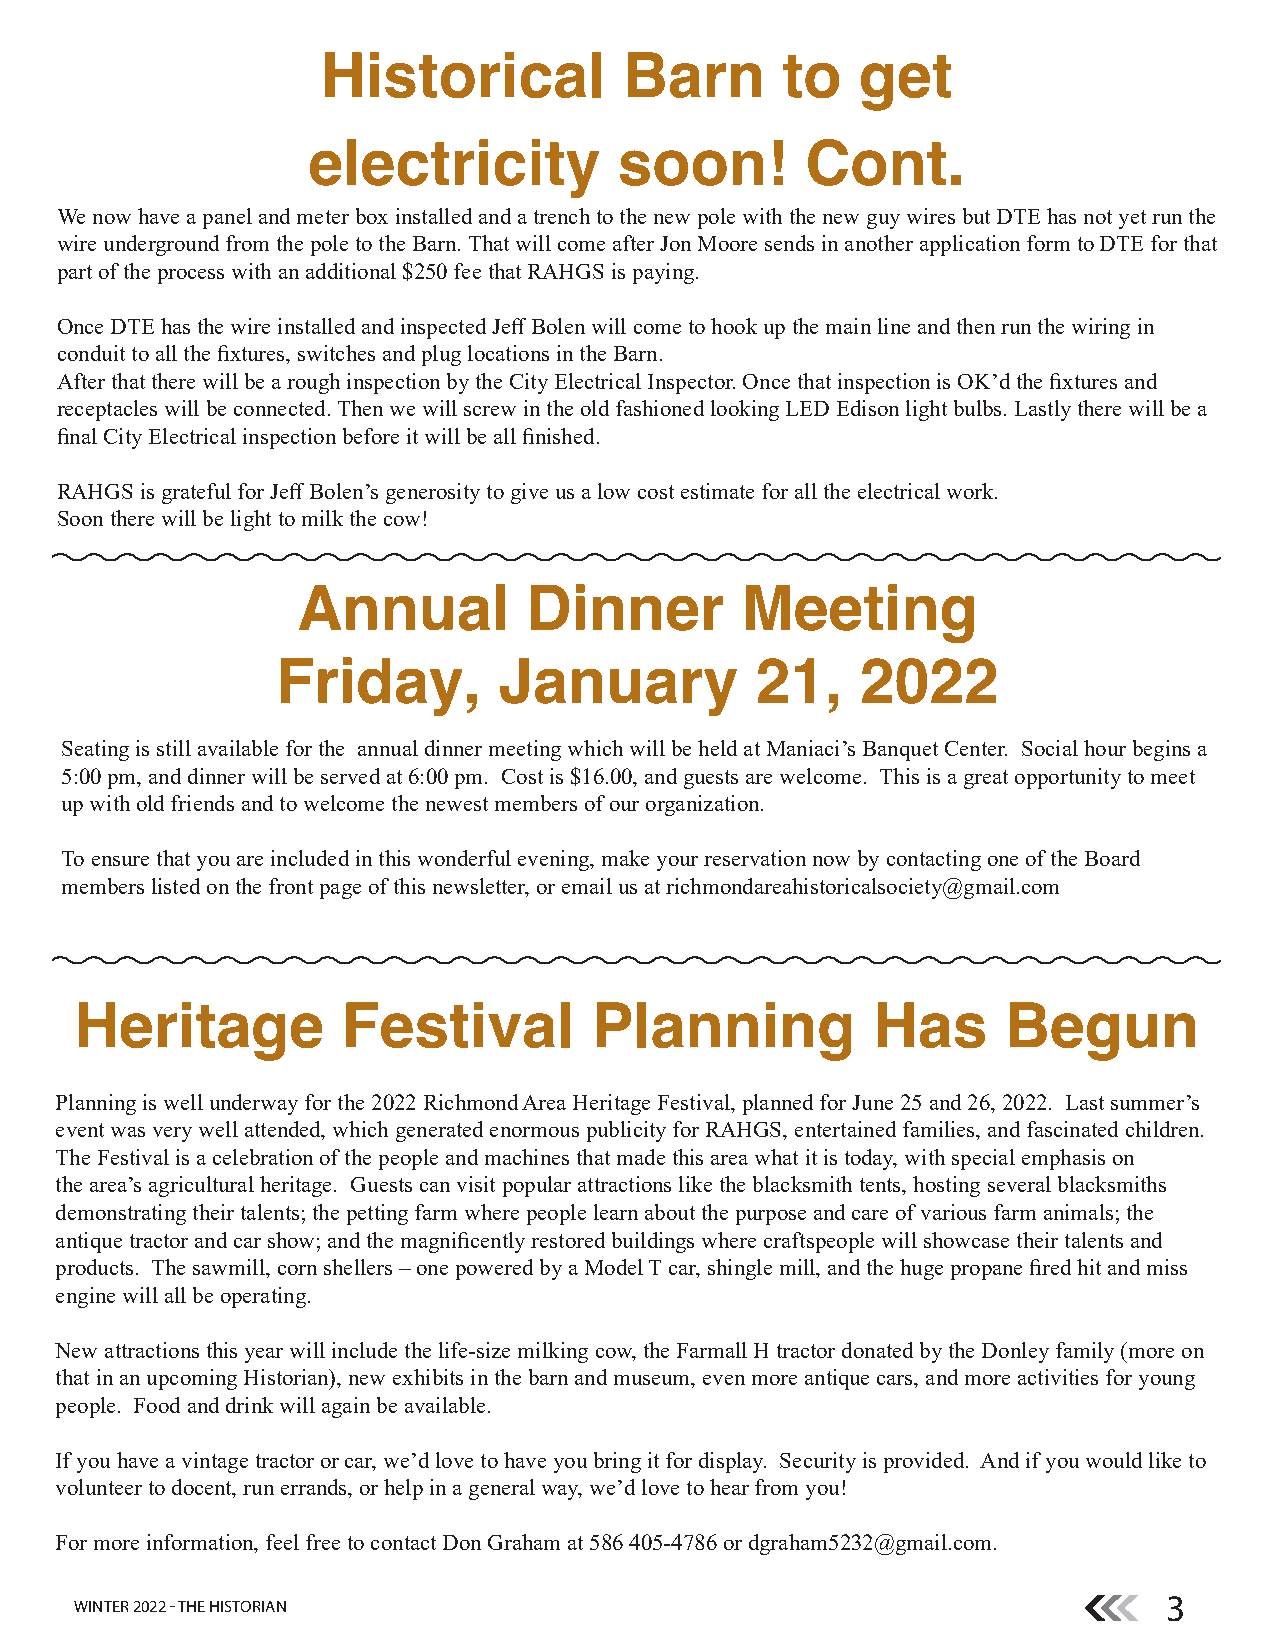
Historical          Barn       to   get
 electricity          soon!       Cont.
 We now have a panel and meter box installed and a trench to the new pole with the new guy wires but DTE has not yet run the
 wire underground from the pole to the Barn. That will come after Jon Moore sends in another application form to DTE for that
 part of the process with an additional $250 fee that RAHGS is paying.
 Once DTE has the wire installed and inspected Jeff Bolen will come to hook up the main line and then run the wiring in
 conduit to all the fixtures, switches and plug locations in the Barn.
 After that there will be a rough inspection by the City Electrical Inspector. Once that inspection is OK’d the fixtures and
 receptacles will be connected. Then we will screw in the old fashioned looking LED Edison light bulbs. Lastly there will be a
 final City Electrical inspection before it will be all finished.
 RAHGS is grateful for Jeff Bolen’s generosity to give us a low cost estimate for all the electrical work.
 Soon there will be light to milk the cow!
 Annual         Dinner        Meeting
 Friday,        January          21,    2022
 Seating is still available for the annual dinner meeting which will be held at Maniaci’s Banquet Center. Social hour begins a
 5:00 pm, and dinner will be served at 6:00 pm. Cost is $16.00, and guests are welcome. This is a great opportunity to meet
 up with old friends and to welcome the newest members of our organization.
 To ensure that you are included in this wonderful evening, make your reservation now by contacting one of the Board
 members listed on the front page of this newsletter, or email us at richmondareahistoricalsociety@gmail.com
 Heritage          Festival        Planning           Has      Begun
 Planning is well underway for the 2022 Richmond Area Heritage Festival, planned for June 25 and 26, 2022. Last summer’s
 event was very well attended, which generated enormous publicity for RAHGS, entertained families, and fascinated children.
 The Festival is a celebration of the people and machines that made this area what it is today, with special emphasis on
 the area’s agricultural heritage. Guests can visit popular attractions like the blacksmith tents, hosting several blacksmiths
 demonstrating their talents; the petting farm where people learn about the purpose and care of various farm animals; the
 antique tractor and car show; and the magnificently restored buildings where craftspeople will showcase their talents and
 products. The sawmill, corn shellers – one powered by a Model T car, shingle mill, and the huge propane fired hit and miss
 engine will all be operating.
 New attractions this year will include the life-size milking cow, the Farmall H tractor donated by the Donley family (more on
 that in an upcoming Historian), new exhibits in the barn and museum, even more antique cars, and more activities for young
 people. Food and drink will again be available.
 If you have a vintage tractor or car, we’d love to have you bring it for display. Security is provided. And if you would like to
 volunteer to docent, run errands, or help in a general way, we’d love to hear from you!
 For more information, feel free to contact Don Graham at 586 405-4786 or dgraham5232@gmail.com.
 3
 WINTER 2022 - THE HISTORIAN